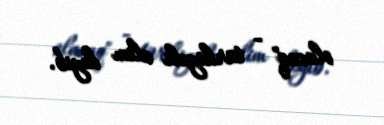
olacaq" - türkiyəli alim deyib.